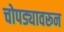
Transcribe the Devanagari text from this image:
चोपड्यावरून